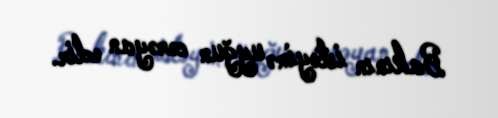
Bakının istəyinə uyğun cərəyan edir.